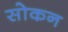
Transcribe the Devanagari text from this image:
सोकन